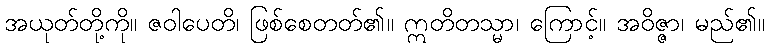
အယုတ်တို့ကို။ ဇဝါပေတိ၊ ဖြစ်စေတတ်၏။ ဣတိတသ္မာ၊ ကြောင့်။ အဝိဇ္ဇာ၊ မည်၏။